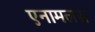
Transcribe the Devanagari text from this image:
एनामलस